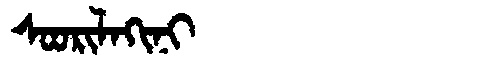
Manchu: ᠰᠣᠣᡵᡳᠯᠠᡴᡳᠨᡳ
Romanization: SOORILAKINI